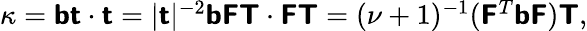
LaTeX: \begin{array}{r}{\kappa=\boldsymbol{\mathsf{b}}\boldsymbol{\mathsf{t}}\cdot\boldsymbol{\mathsf{t}}=|\boldsymbol{\mathsf{t}}|^{-2}\boldsymbol{\mathsf{b}}\boldsymbol{\mathsf{F}}\boldsymbol{\mathsf{T}}\cdot\boldsymbol{\mathsf{F}}\boldsymbol{\mathsf{T}}=(\nu+1)^{-1}(\boldsymbol{\mathsf{F}}^{T}\boldsymbol{\mathsf{b}}\boldsymbol{\mathsf{F}})\boldsymbol{\mathsf{T}},}\end{array}